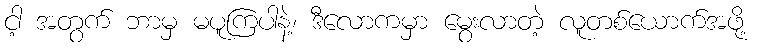
ငါ့ အတွက် ဘာမှ မပူကြပါနဲ့၊ ဒီလောကမှာ မွေးလာတဲ့ လူတစ်ယောက်အဖို့